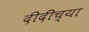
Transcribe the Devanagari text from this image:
दीदींच्या